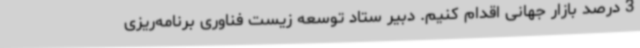
3 درصد بازار جهانی اقدام کنیم. دبیر ستاد توسعه زیست فناوری برنامه‌ریزی